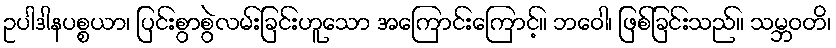
ဥပါဒါနပစ္စယာ၊ ပြင်းစွာစွဲလမ်းခြင်းဟူသော အကြောင်းကြောင့်။ ဘဝေါ၊ ဖြစ်ခြင်းသည်။ သမ္ဘဝတိ၊